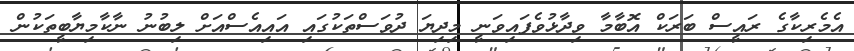
އެމެރިކާގެ ރައީސް ބަރަކް އޮބާމާ ވިދާޅުވެފައިވަނީ މިދިޔަ ދުވަސްތަކުގައި އައިއެސްއަށް ލިބުނު ނާކާމިޔާބީތަކުން